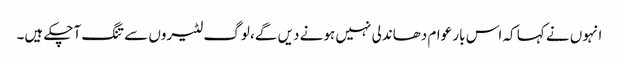
انہوں نے کہا کہ اس بار عوام دھاندلی نہیں ہونے دیں گے، لوگ لٹیروں سے تنگ آچکے ہیں۔